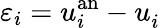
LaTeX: \varepsilon_{i}=u_{i}^{\mathrm{an}}-u_{i}^{\phantom{}}